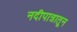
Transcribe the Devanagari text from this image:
नदीपात्रातून